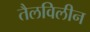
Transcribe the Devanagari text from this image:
तैलविलीन